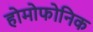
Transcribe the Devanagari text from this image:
होमोफोनिक